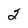
Character: 2